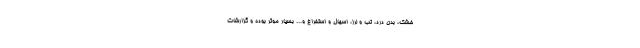
خشک، بدن درد، تب و لرز، اسهال و استفراغ و... بسیار موثر بوده و گزارشات